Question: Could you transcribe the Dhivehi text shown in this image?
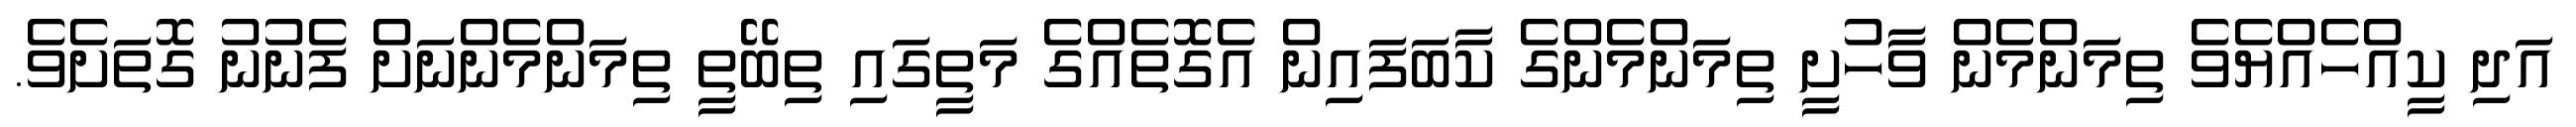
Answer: އަދި ކީއްހެއްޔެވެ ތިމަންމެން ވާހުށީ ތިމަންމެންގެ ކާބަފައިން އެގޮތެއްގެ މަތީގައި ތިބޭތީ ތިމަންމެންނަށް ފެނުނު ގޮތަށެވެ.